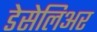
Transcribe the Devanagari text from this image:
डेसेलिअर